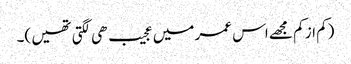
(کم از کم مجھے اس عمر میں عجیب ھی لگتی تھیں )۔